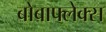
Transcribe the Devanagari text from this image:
बोबाफ्लेक्स